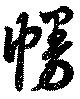
幔